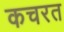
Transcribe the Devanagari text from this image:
कचरत